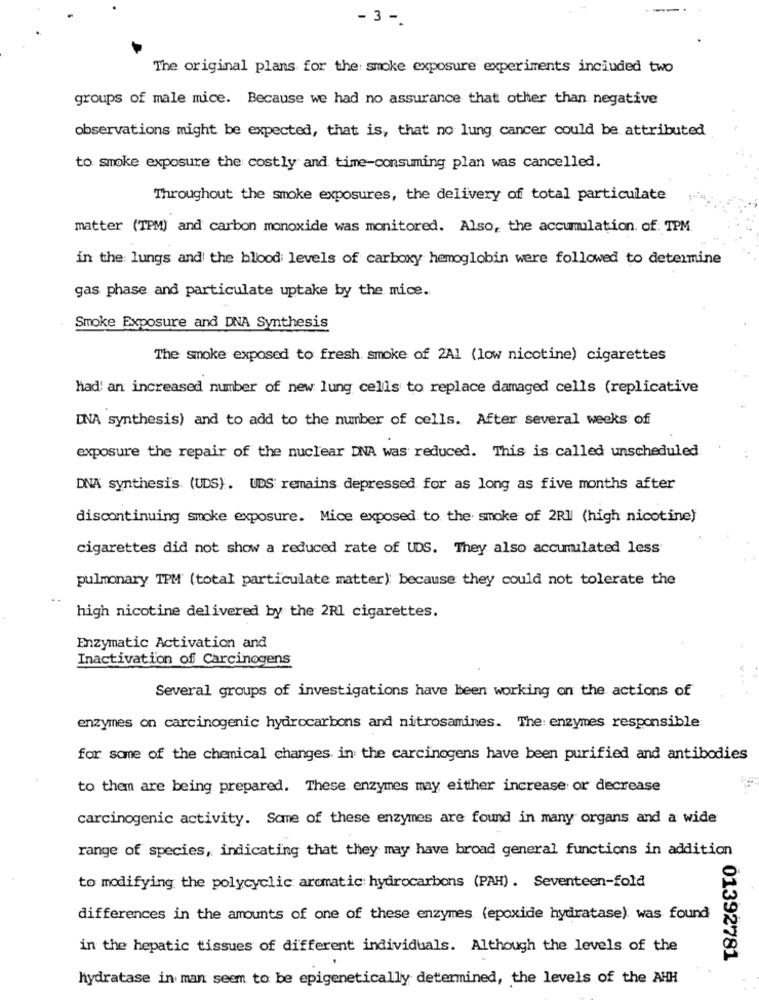
- 3 -
The original plans for the smoke exposure experiments included two
groups of male mice. Because we had no assurance that other than negative
observations might be expected, that is, that no lung cancer could be attributed
to smoke exposure the costly and time-consuming plan was cancelled.
Throughout the smoke exposures, the delivery of total particulate
matter (TPM) and carbon monoxide was monitored. Also, the accumulation. of: TPM
in the lungs and the blood levels of carboxy hemoglobin were followed to determine
gas phase and particulate uptake by the mice.
Smoke Exposure and DNA Synthesis
The smoke exposed to fresh smoke of 2A1 (low nicotine) cigarettes
had' an increased number of new lung cells to replace damaged cells (replicative
DNA synthesis) and to add to the number of cells. After several weeks of
exposure the repair of the nuclear DNA was reduced. This is called unscheduled
DNA synthesis (UDS). UDS remains depressed for as long as five months after
discontinuing smoke exposure. Mice exposed to the smoke of 2Rl (high nicotine)
cigarettes did not show a reduced rate of UDS. They also accumulated less
pulmonary TPM (total particulate matter) because they could not tolerate the
high nicotine delivered by the 2Rl cigarettes.
Enzymatic Activation and
Inactivation off Carcinogens
Several groups of investigations have been working on the actions of
enzymes on carcinogenic hydrocarbons and nitrosamines. The: enzymes responsible
for some of the chemical changes in the carcinogens have been purified and antibodies
to them are being prepared. These enzymes may either increase or decrease
carcinogenic activity. Some of these enzymes are found in many organs and a wide
range of species, indicating that they may have broad general functions in addition
to modifying the polycyclic aromatic hydrocarbons (PAH) . Seventeen-fold
differences in the amounts of one of these enzymes (epoxide hydratase) was found
in the hepatic tissues of different individuals. Although the levels of the
01392781
hydratase in man seem to be epigenetically determined, the levels of the AHH